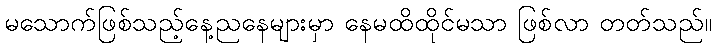
မသောက်ဖြစ်သည့်နေ့ညနေများမှာ နေမထိထိုင်မသာ ဖြစ်လာ တတ်သည်။